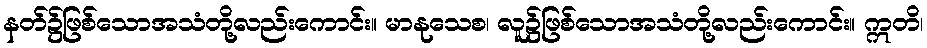
နတ်၌ဖြစ်သောအသံတို့လည်းကောင်း။ မာနုသေစ၊ လူ၌ဖြစ်သောအသံတို့လည်းကောင်း။ ဣတိ၊